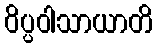
ဝိပ္ပဝါသာယာတိ